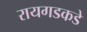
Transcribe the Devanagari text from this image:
रायगडकडे